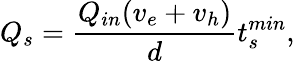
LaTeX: Q_{s}=\frac{Q_{in}(v_{e}+v_{h})}{d}t_{s}^{min},